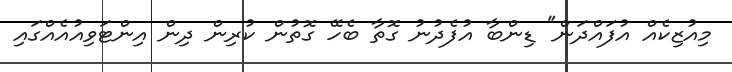
މިއުޒިކެއް އުފައްދަން" ޑިންބާ އުފެދުނު ގޮތާ ބެހޭ ގޮތުން ކުރިން ދިން އިންޓަވިއުއެއްގައި